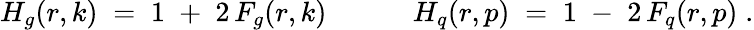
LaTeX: H_{g}(r,k)\; =\; 1\; +\; 2\, F_{g}(r,k)\; \; \; \; \; \; \; \; \; \; \; H_{q}(r,p)\; =\; 1\; -\; 2\, F_{q}(r,p)\; .